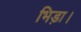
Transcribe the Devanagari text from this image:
भिड़ा।